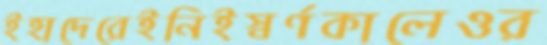
ইহাদেরেইনিইস্বর্ণকালেওর